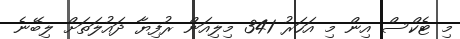
މި ޓެކްސް އިން މި އަހަރު 341 މިލިއަން ރުފިޔާ ދައުލަތަށް ލިބޭނެ